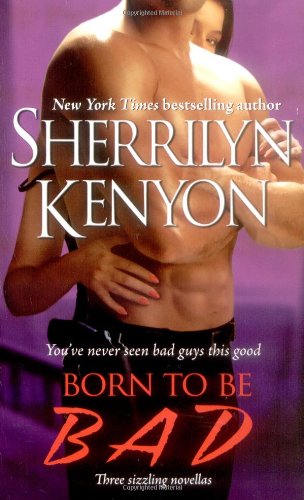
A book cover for Born to Be BAD (B.A.D.: Bureau of American Defense); Sherrilyn Kenyon; Romance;